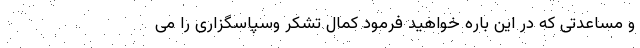
و مساعدتی که در این باره خواهید فرمود کمال تشکر وسپاسگزاری را می